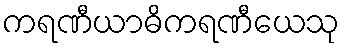
ကရဏီယာဓိကရဏီယေသု